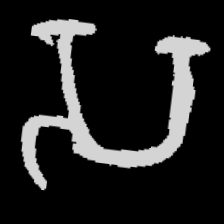
Pyu character \u2014 Myanmar letter: သ (romanized: sa)